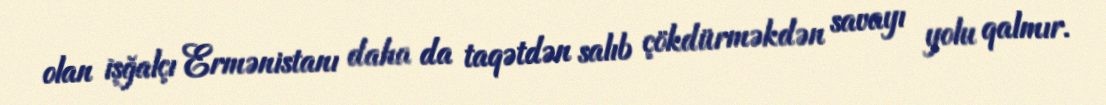
olan işğalçı Ermənistanı daha da taqətdən salıb çökdürməkdən savayı yolu qalmır.